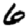
Digit: 6